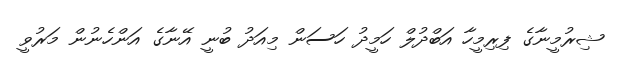
ޝިރުމީނާގެ ފިރިމީހާ އަބްދުލް ހަމީދު ހަސަން މިއަދު ބުނީ އޭނާގެ އަންހެނުން މަރުވީ